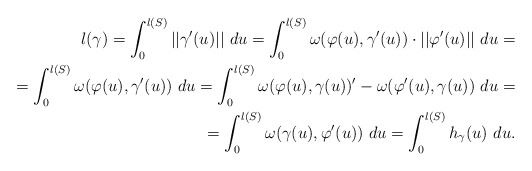
\begin{align*} l(\gamma) = \int_0^{l(S)}||\gamma'(u)|| \ du = \int_{0}^{l(S)}\omega(\varphi(u),\gamma'(u))\cdot||\varphi'(u)|| \ du = \\ = \int_0^{l(S)}\omega(\varphi(u),\gamma'(u)) \ du = \int_0^{l(S)}\omega(\varphi(u),\gamma(u))' - \omega(\varphi'(u),\gamma(u)) \ du = \\ = \int_0^{l(S)}\omega(\gamma(u),\varphi'(u)) \ du = \int_0^{l(S)}h_{\gamma}(u) \ du.\end{align*}